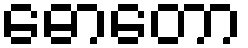
ဓောတော